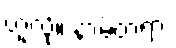
ဟူလို။ နာမ်တရား